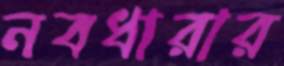
নবধারার